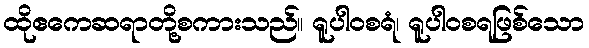
ထိုဧကေဆရာတို့စကားသည်။ ရူပါဝစရံ၊ ရူပါဝစရဖြစ်သော